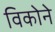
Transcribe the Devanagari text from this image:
विकोने